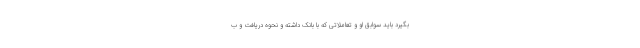
بگیرد باید سوابق او و تعاملاتی که با بانک داشته و نحوه دریافت و ب